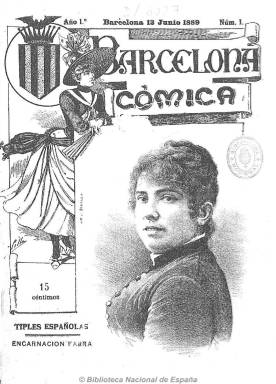
Título: Barcelona cómica
Colección: Revistas satíricas y humorísticas
Ámbito geográfico: Barcelona
Lugar de publicación: Barcelona
Fechas: 13/06/1889-29/12/1900

Semanario festivo, satírico, político e ilustrado que gozó de una espléndida difusión, especialmente por sus importantes recursos gráficos (retratos, dibujos, caricaturas, viñetas, grabados y fotografías), junto con artículos literarios y de entretenimiento, como los folletines, ofreciendo una visión esperpéntica y burlona de la política y las nuevas tendencias sociales y costumbres burguesas de final del siglo veinte. Aunque se señala en su artículo de presentación que no incluiría contenidos pornográficos, muchos de estos tienen un claro cariz erótico y atrevido en su crítica.Dedicó destacado espacio a la crítica municipal y a la teatral y asimismo publicó crónicas, noticias y notas breves de actualidad, algunas de ellas de la agencia Mencheta, así como anuncios comerciales.

Tirada al principio en la Imprenta Comercial, después lo fue en la de Pedro Ortega, que llegó a ser  propietario del semanario. Entre sus directores estuvo al principio José Inglés y, desde 1894, el escritor y archivero facultativo madrileño afincado en Barcelona Carlos Ossorio y Gallardo (1864-1921), época esta en la que la publicación comienza con una “Crónica madrileña” de su padre, el también escritor y bibliófilo Manuel Ossorio y Bernard (1839-1904).

Redactado en castellano, su abanico de colaboradores fue amplio, tanto en pintores, ilustradores, dibujantes, escritores, dramaturgos y periodistas, entre ellos el poeta satírico Manuel del Palacio (1831-1908), José María Gutiérrez Alba (1822-1897), así como el escritor y comediógrafo Vital Aza (1851-1911). Dos mujeres, la poeta gallega Filomena Dato (1856-1929) y la literata madrileña Julia Asensi (1859-), así como el articulista, humorista y dramaturgo Pablo Perrellada y Molas (1855-1944), con el seudónimo Molitón González; el escritor y periodista Pere Barrantes (1850-1912)  y el dibujante, caricaturista y humorista gráfico Apeles Mestres (1854-), considerado como el creador de las bases de la historieta moderna. Con el seudónimo Miquis, el crítico literario de origen asturiano Juan Ochoa Betancourt (1864-1897); con artículos humorísticos y poemas, el músico y escritor alicantino Carlos Arniches (1855-1943); el periodista y poeta zaragozano Luis Ram de Viu (1864-1906): el también periodista, escritor, dibujante y arqueólogo Francisco Hernández Sanz (1863-1949); el dibujante y caricaturista extremeño Ramón Cilla Cáceres (1859-1937) y el ilustrador madrileño Eduardo Sáenz Hermúa, con el seudónimo Mecachis. Entre los más jóvenes publicaron los ilustradores barceloneses Antoni Utrillo (1867-1944) y Josep Triadó (1870-1929);  el pintor y crítico de arte Manuel Rodríguez Codolà (1872-1946), que fue profesor de la Escuela de Bellas Artes de Barcelona; el artista y dibujante de origen uruguayo Joaquín Torres-García (1874-1949), que utilizó el seudónimo Quin Torras; el caricaturista e ilustrador de origen filipino Joaquín Xaudaró (1872-1933); el ilustrador barcelonés Isidre Nonell (1872-1911) y el dibujante madrileño Xavier Gosé (1876-1915).

En la colección de la BN faltan los años 1892-1893. El Archivo Histórico de la Ciudad de Barcelona (AHCB) conserva ejemplares de estos años citados, así como otros correspondientes a los años 1900-1901, junto a almanaques y portfolios de este título.